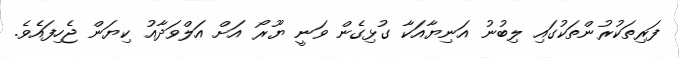
ފަރިތަކުރުންތަކުގައި ލިބުނު އަނިޔާއަކާ ގުޅިގެން ވަނީ ޔޫރޯ އަށް އަލްވަދާއު ކިޔަން ޖެހިފައެވެ.